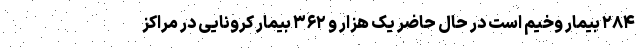
۲۸۴ بیمار وخیم است در حال حاضر یک هزار و ۳۶۲ بیمار کرونایی در مراکز